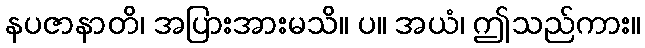
နပဇာနာတိ၊ အပြားအားမသိ။ ပ။ အယံ၊ ဤသည်ကား။